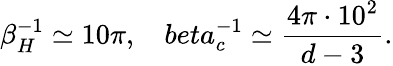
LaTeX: \beta_{H}^{-1}\simeq 10\pi,\ \ \ \, beta_{c}^{-1}\simeq\frac{4\pi\cdot 10^{2}}{d-3}.